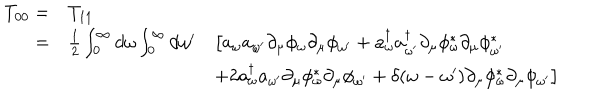
\begin{array} { r l l } { { T _ { 0 0 } = } } & { { T _ { 1 1 } } } & { { } } \\ { { = } } & { { { \frac { 1 } { 2 } } \int _ { 0 } ^ { \infty } d \omega \int _ { 0 } ^ { \infty } d \omega ^ { \prime } } } & { { \big [ a _ { \omega } a _ { \omega ^ { \prime } } \partial _ { \mu } \phi _ { \omega } \partial _ { \mu } \phi _ { \omega ^ { \prime } } + a _ { \omega } ^ { \dagger } a _ { \omega ^ { \prime } } ^ { \dagger } \partial _ { \mu } \phi _ { \omega } ^ { \ast } \partial _ { \mu } \phi _ { \omega ^ { \prime } } ^ { \ast } } } \\ { { } } & { { } } & { { + 2 a _ { \omega } ^ { \dagger } a _ { \omega ^ { \prime } } \partial _ { \mu } \phi _ { \omega } ^ { \ast } \partial _ { \mu } \phi _ { \omega ^ { \prime } } + \delta ( \omega - \omega ^ { \prime } ) \partial _ { \mu } \phi _ { \omega } ^ { \ast } \partial _ { \mu } \phi _ { \omega ^ { \prime } } \big ] } } \\ \end{array}